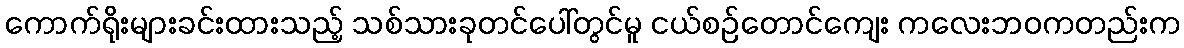
ကောက်ရိုးများခင်းထားသည့် သစ်သားခုတင်ပေါ်တွင်မူ ငယ်စဉ်တောင်ကျေး ကလေးဘဝကတည်းက